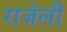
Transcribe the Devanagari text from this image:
राजेली